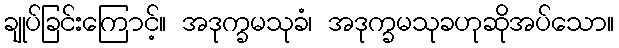
ချုပ်ခြင်းကြောင့်။ အဒုက္ခမသုခံ၊ အဒုက္ခမသုခဟုဆိုအပ်သော။